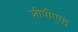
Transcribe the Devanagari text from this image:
जीपीएफ